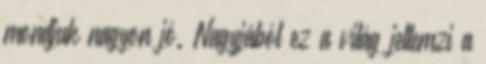
mondjuk nagyon jó. Nagyjából ez a világ jellemzi a